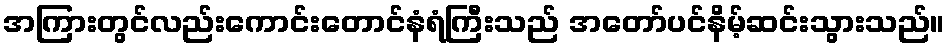
အကြားတွင်လည်းကောင်းတောင်နံရံကြီးသည် အတော်ပင်နိမ့်ဆင်းသွားသည်။